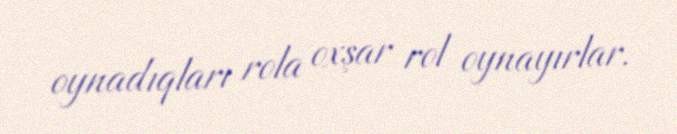
oynadıqları rola oxşar rol oynayırlar.